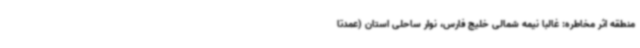
منطقه اثر مخاطره: غالباً نیمه شمالی خلیج فارس، نوار ساحلی استان (عمدتا